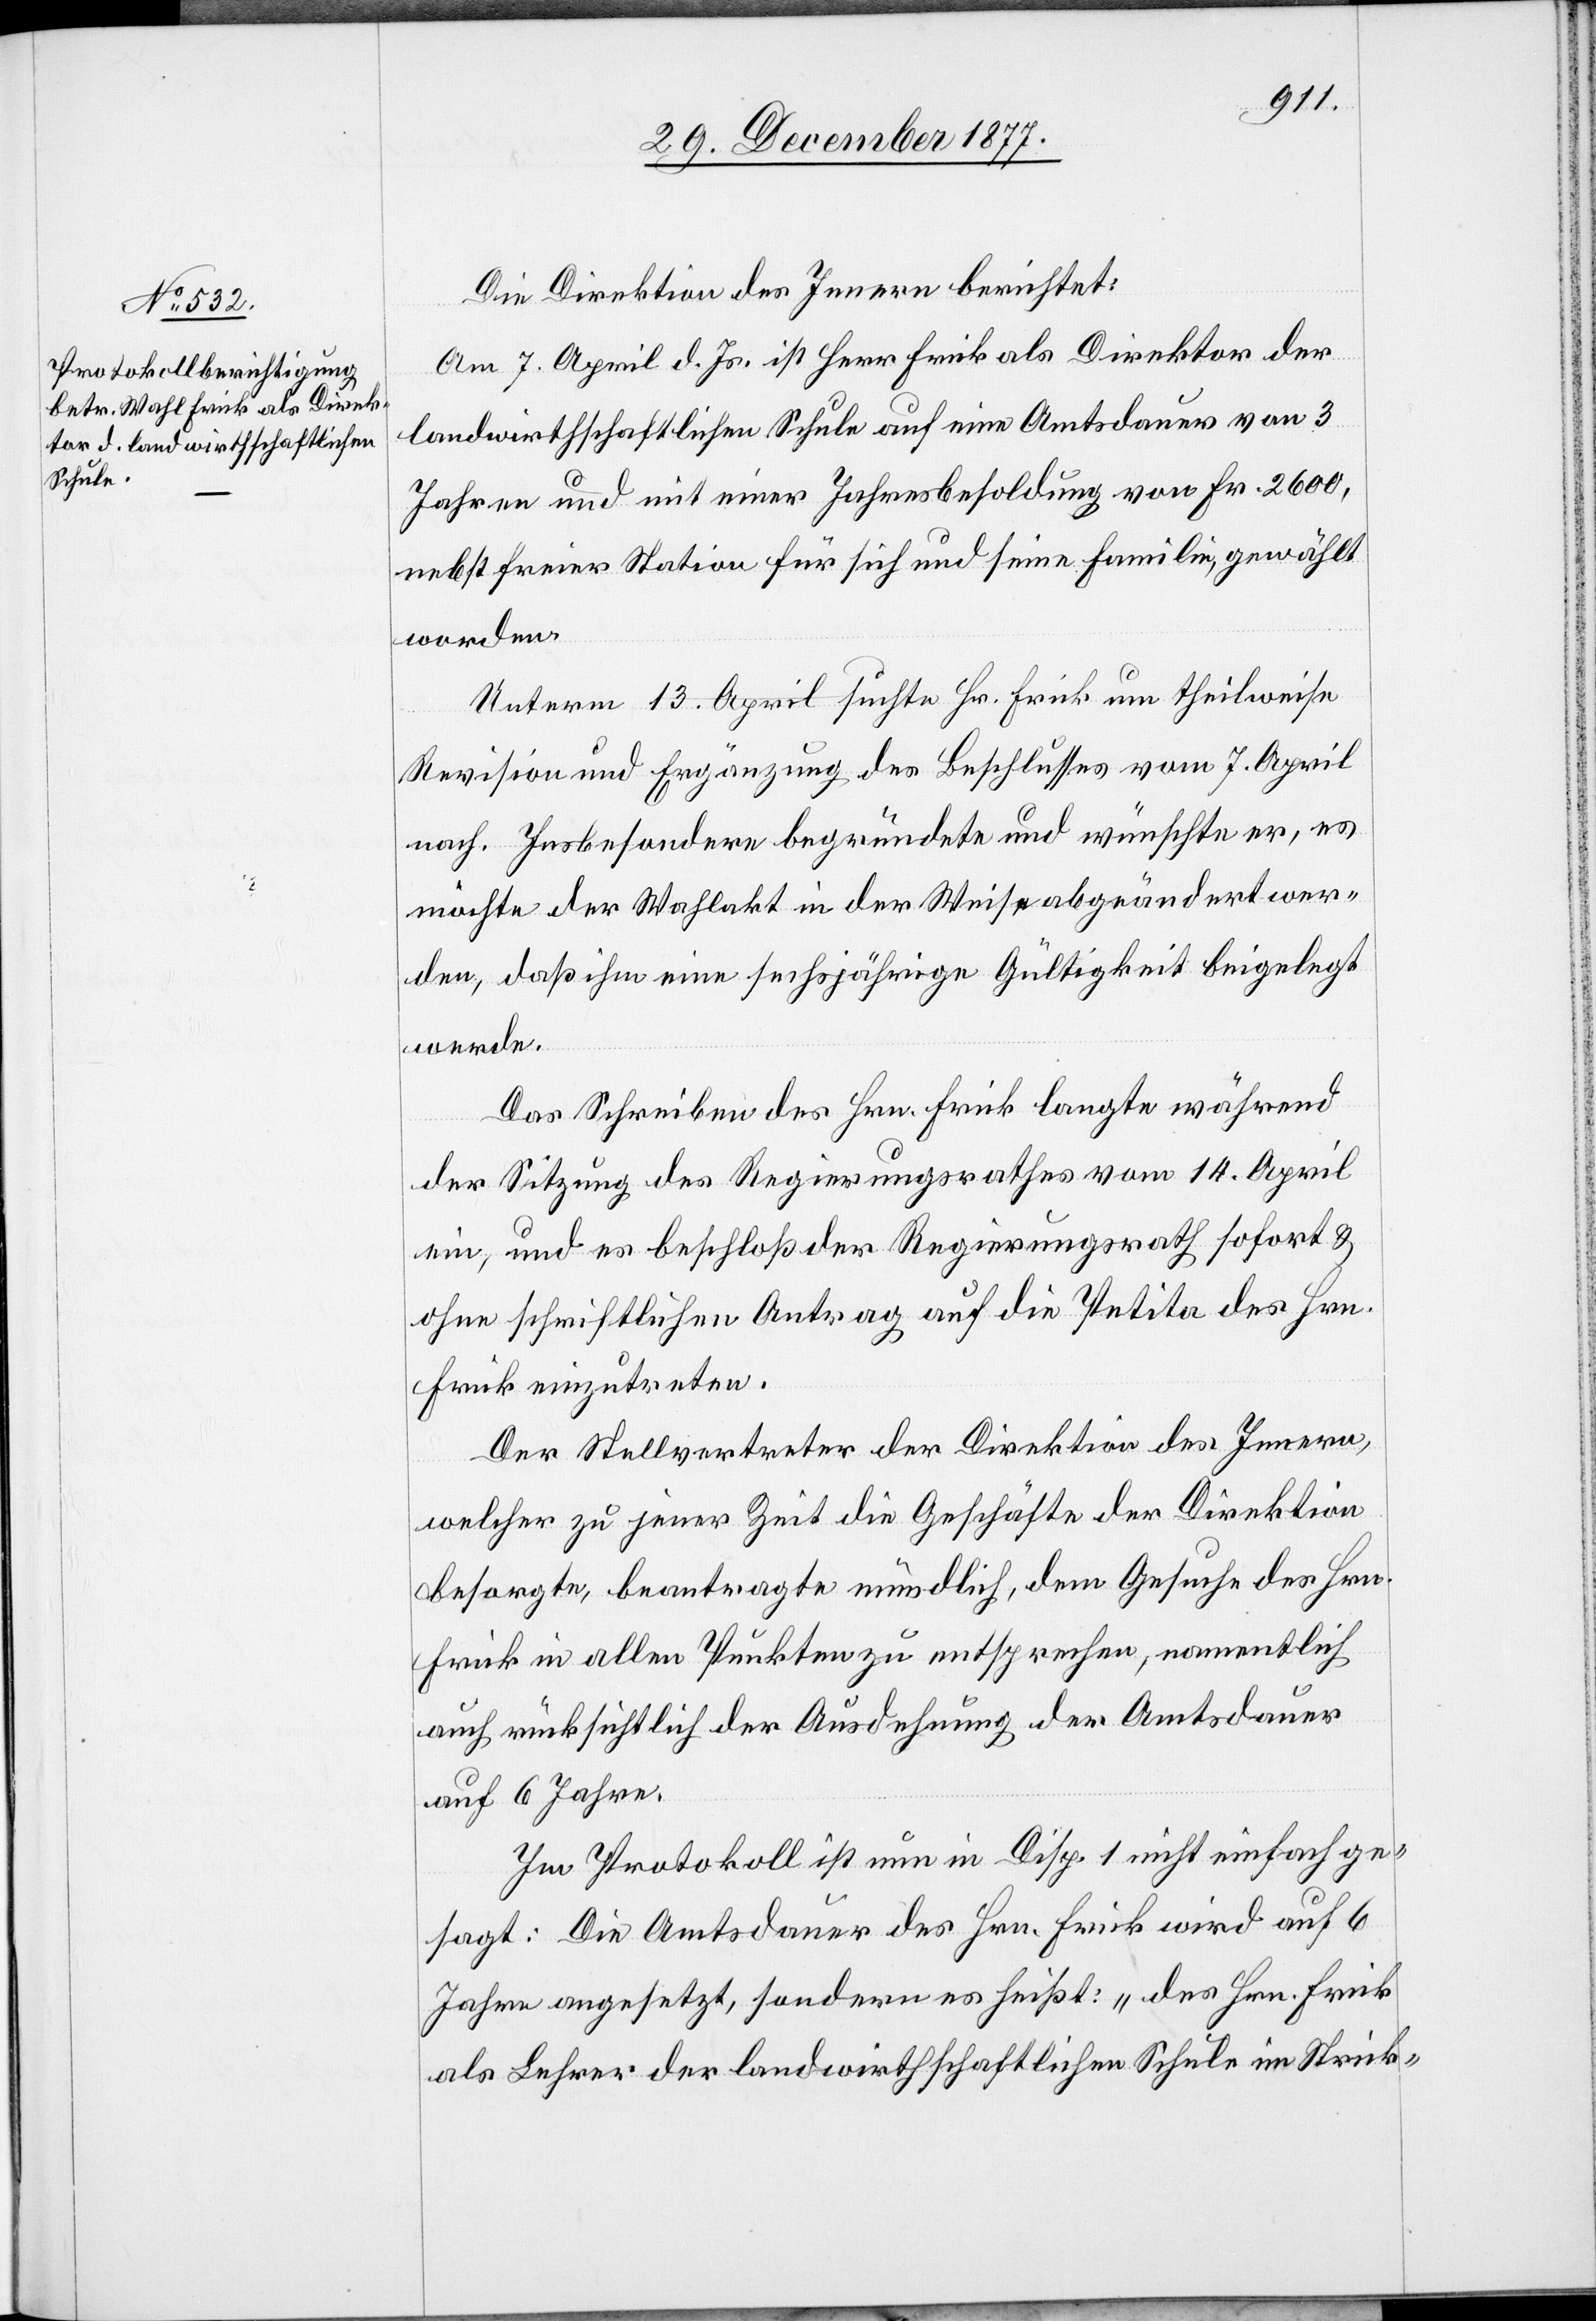
Die Direktion des Innern berichtet:
Am 7. April d. Js. ist Herr Frick als Direktor der
landwirthschaftlichen Schule auf eine Amtsdauer von 3
Jahren und mit einer Jahresbesoldung von Fr. 2600,
nebst freier Station für sich und seine Familie, gewählt
worden.
Unterm 13. April suchte Hr. Frick um theilweise
Revision und Ergänzung des Beschlusses vom 7. April
nach. Insbesondere begründete und wünschte er, es
möchte der Wahlakt in der Weise abgeändert wer¬
de, daß ihm eine sechsjährige Gültigkeit beigelegt
werde.
Das Schreiben des Hrn. Frick langte während
der Sitzung des Regierungsrathes vom 14. April
ein, und es beschloß der Regierungsrath sofort &
ohne schriftlichen Antrag auf die Petita des Hrn.
Frick einzutreten.
Der Stellvertreter der Direktion des Innern,
welcher zu jener Zeit die Geschäfte der Direktion
besorgte, beantragte mündlich, dem Gesuche des Hrn.
Frick in allen Punkten zu entsprechen, namentlich
auch rücksichtlich der Ausdehnung der Amtsdauer
auf 6 Jahre.
Im Protokoll ist nun in Disp. 1 nicht einfach ge¬
sagt: Die Amtsdauer des Hrn. Frick wird auf 6
Jahre angesetzt, sondern es heißt: „des Hrn. Frick
als Lehrer der landwirthschaftlichen Schule im Strick-